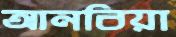
আনবিয়া